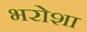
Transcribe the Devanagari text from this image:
भरोशा